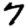
Digit: 7